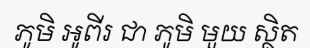
ភូមិ អូពីរ ជា ភូមិ មួយ ស្ថិត